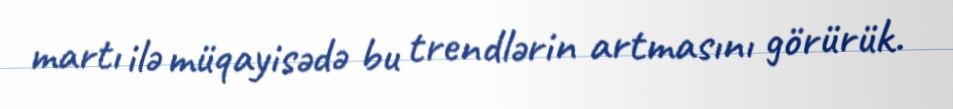
martı ilə müqayisədə bu trendlərin artmasını görürük.